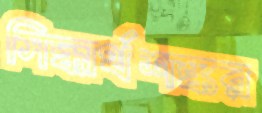
সিদ্ধার্থশঙ্কর